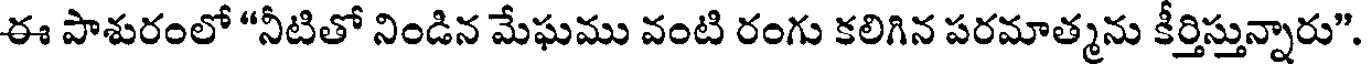
ఈ పాశురంలో "నీటితో నిండిన మేఘము వంటి రంగు కలిగిన పరమాత్మను కీర్తిస్తున్నారు".